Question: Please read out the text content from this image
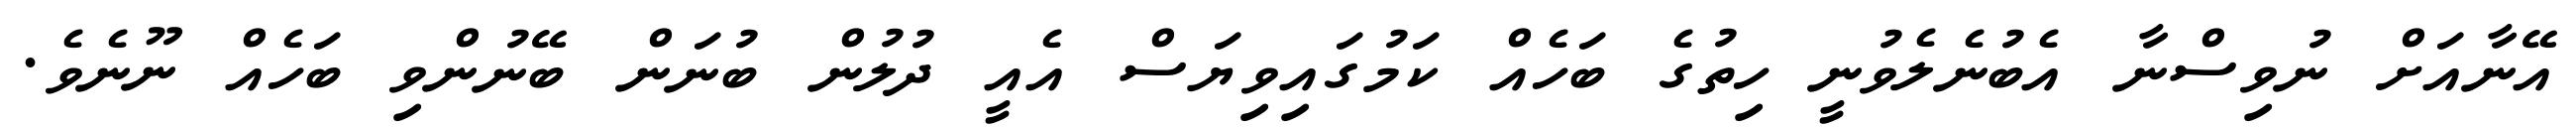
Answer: އޭނާއަށް ނުވިސްނާ އެބުނެލެވުނީ ހިތުގެ ބަހެއް ކަމުގައިވިޔަސް އެއީ ދުލުން ބުނަން ބޭނުންވި ބަހެއް ނޫނެވެ.